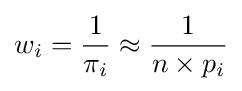
w_{i}={\frac {1}{\pi _{i}}}\approx {\frac {1}{n\times p_{i}}}